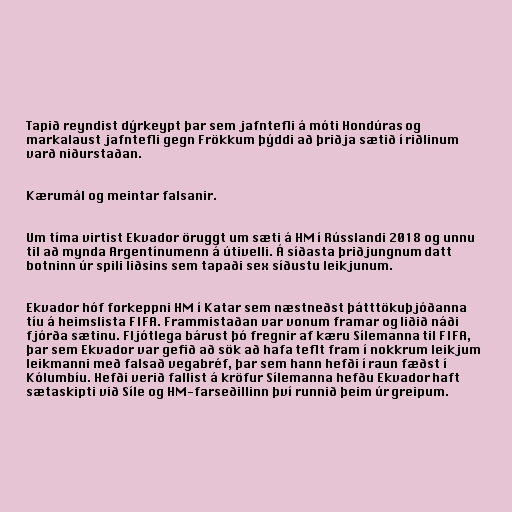
Tapið reyndist dýrkeypt þar sem jafntefli á móti Hondúras og
markalaust jafntefli gegn Frökkum þýddi að þriðja sætið í riðlinum
varð niðurstaðan.

Kærumál og meintar falsanir.

Um tíma virtist Ekvador öruggt um sæti á HM í Rússlandi 2018 og unnu
til að mynda Argentínumenn á útivelli. Á síðasta þriðjungnum datt
botninn úr spili liðsins sem tapaði sex síðustu leikjunum.

Ekvador hóf forkeppni HM í Katar sem næstneðst þátttökuþjóðanna
tíu á heimslista FIFA. Frammistaðan var vonum framar og liðið náði
fjórða sætinu. Fljótlega bárust þó fregnir af kæru Sílemanna til FIFA,
þar sem Ekvador var gefið að sök að hafa teflt fram í nokkrum leikjum
leikmanni með falsað vegabréf, þar sem hann hefði í raun fæðst í
Kólumbíu. Hefði verið fallist á kröfur Sílemanna hefðu Ekvador haft
sætaskipti við Síle og HM-farseðillinn því runnið þeim úr greipum.